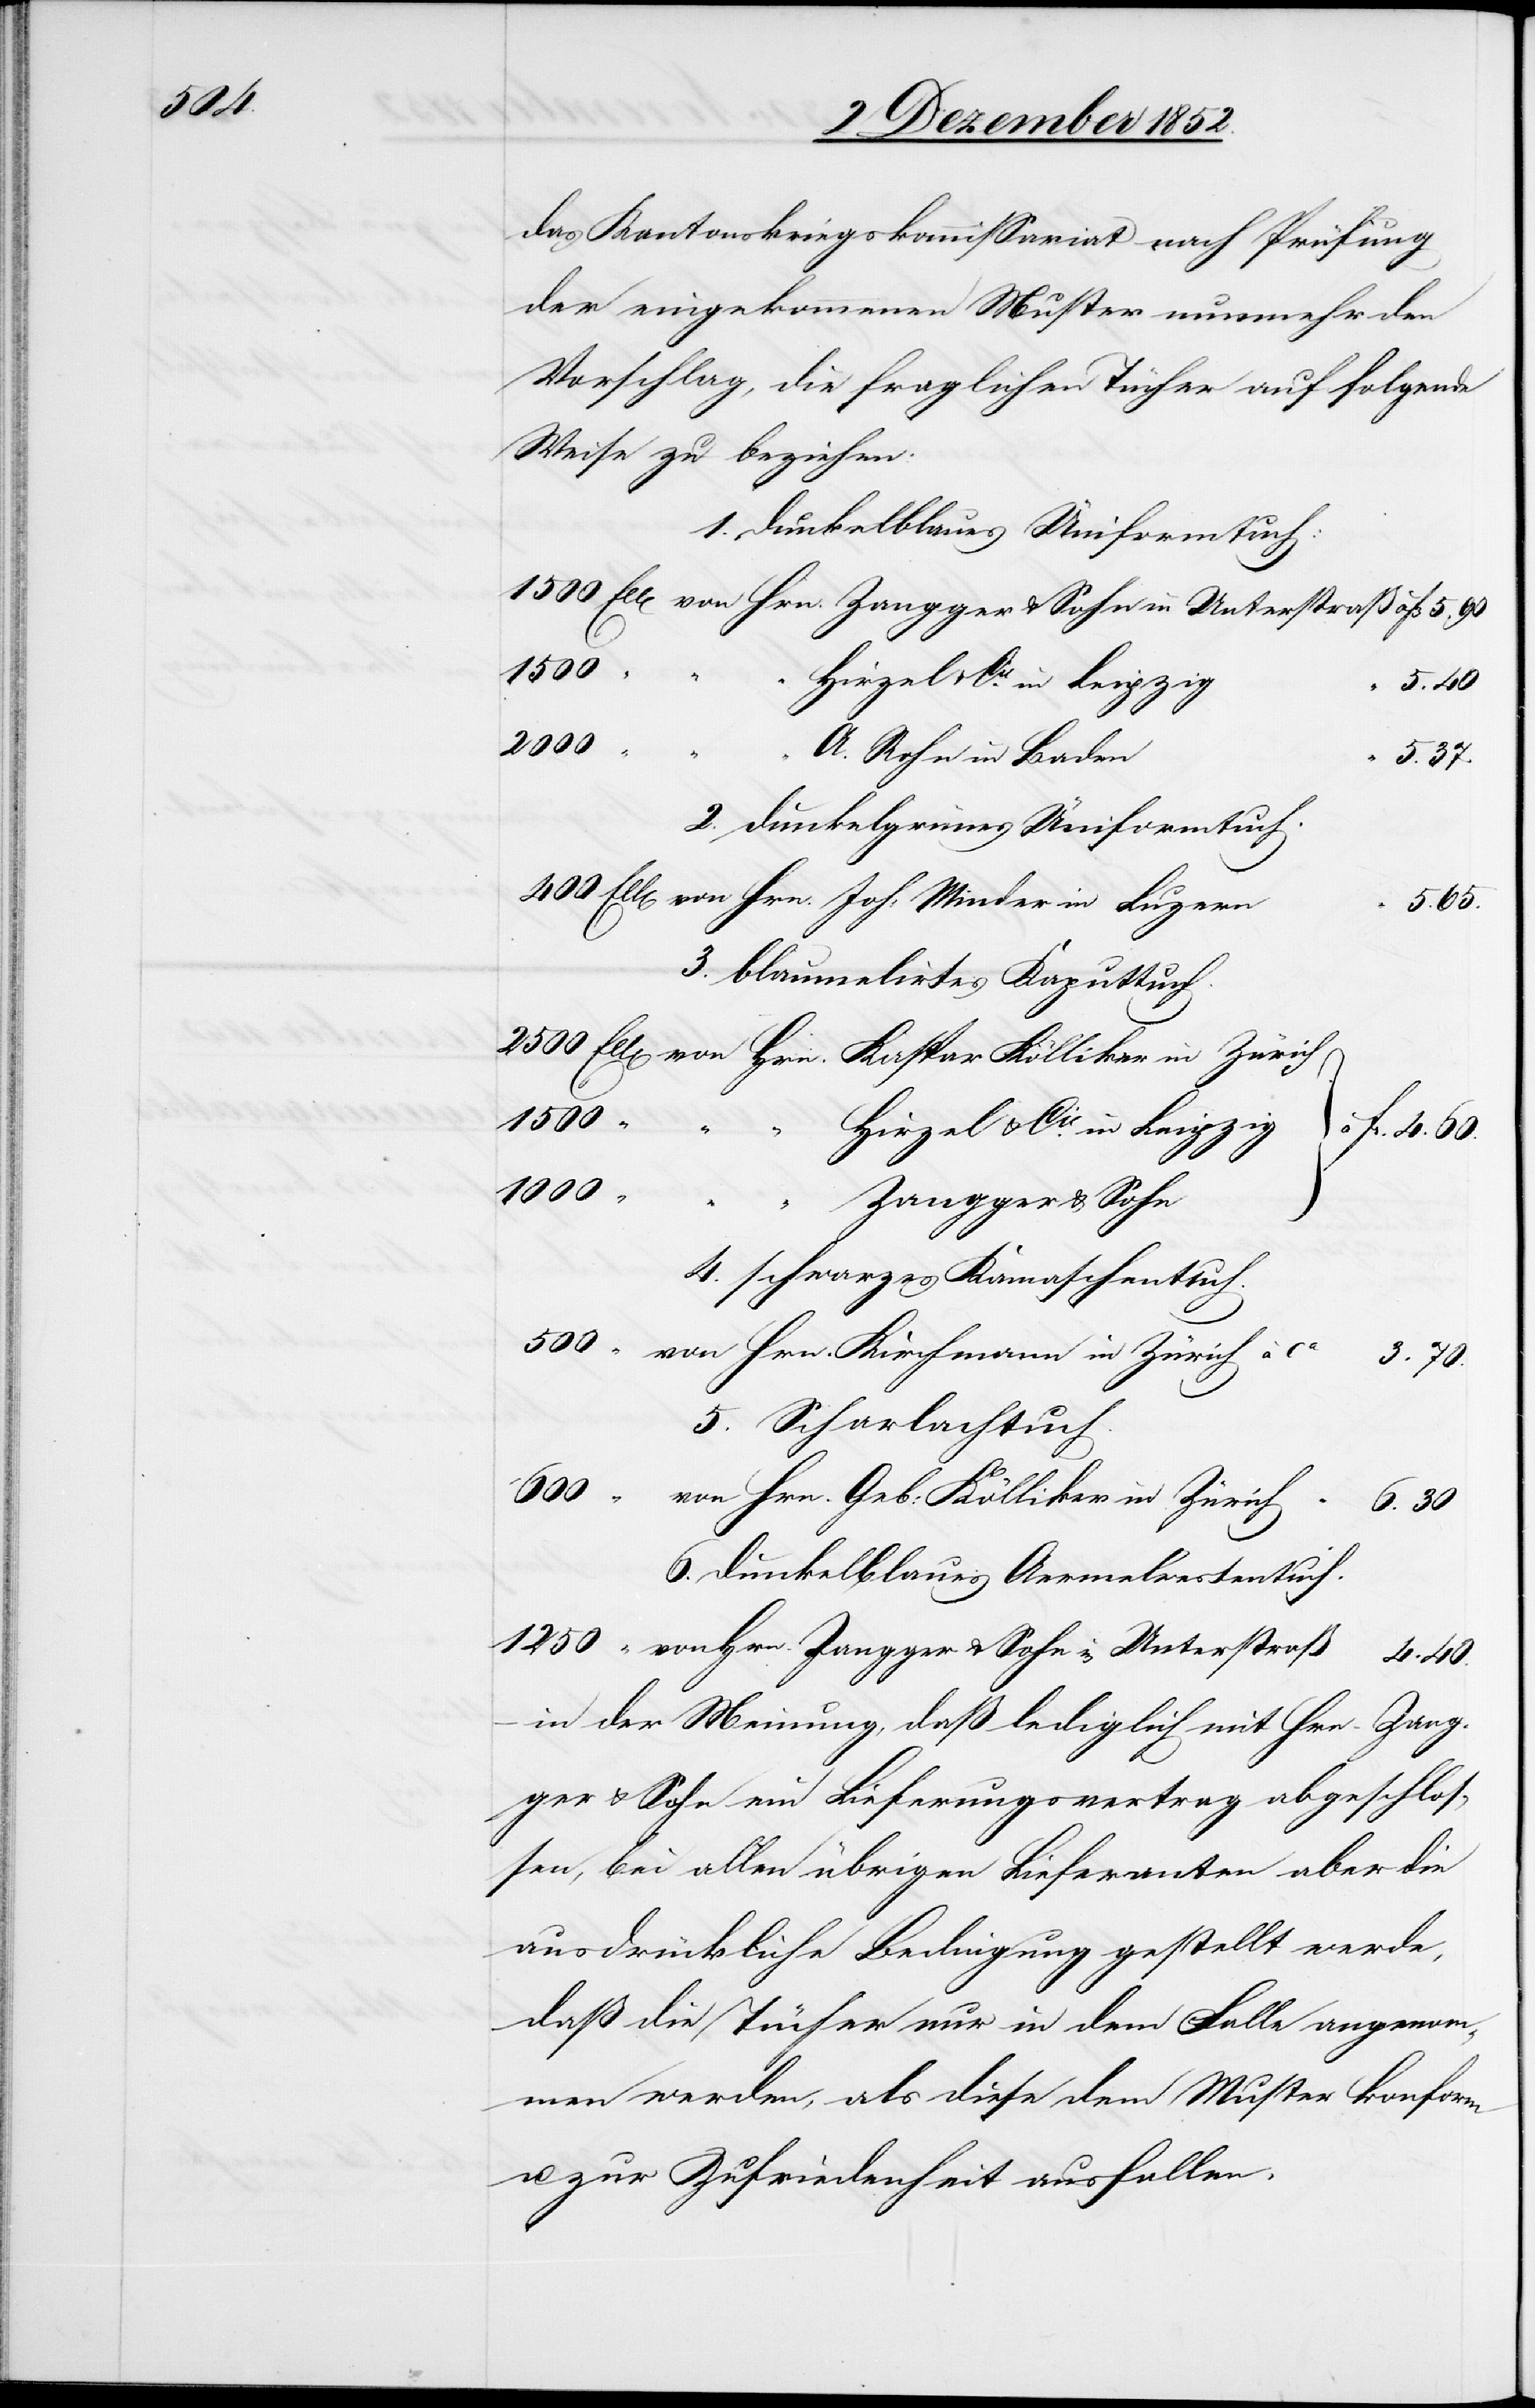
das Kantonskriegskommissariat nach Prüfung
der eingekommenen Muster nunmehr den
Vorschlag, die fraglichen Tücher auf folgende
Weise zu beziehen:
1. dunkelblaues Üniformtuch:
1250
4. 40.
2000
A. Rohn in Baden
5. 37.
2. dunkelgrünes Üniformtuch.
3. 70.
3. blaumelirtes Kaputtuch.
1000
–
“ Hirzel & Cie. in Leipzig
Unterstraß
400
Hrn. Zangger & Sohn
4. schwarzes Kamaschenttuch
5. Scharlachtuch.
6. dunkelblaues Aermelwestentuch.
in der Meinung, daß lediglich mit Hrn. Zang¬
ger & Sohn ein Lieferungsvertrag abgeschlos¬
sen, bei allen übrigen Lieferanten aber die
ausdrückliche Bedingung gestellt werde,
daß die Tücher nur in dem Falle angenom¬
men werden, als diese dem Muster konform
u. zur Zufriedenheit ausfallen.